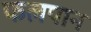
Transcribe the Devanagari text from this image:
फलपान